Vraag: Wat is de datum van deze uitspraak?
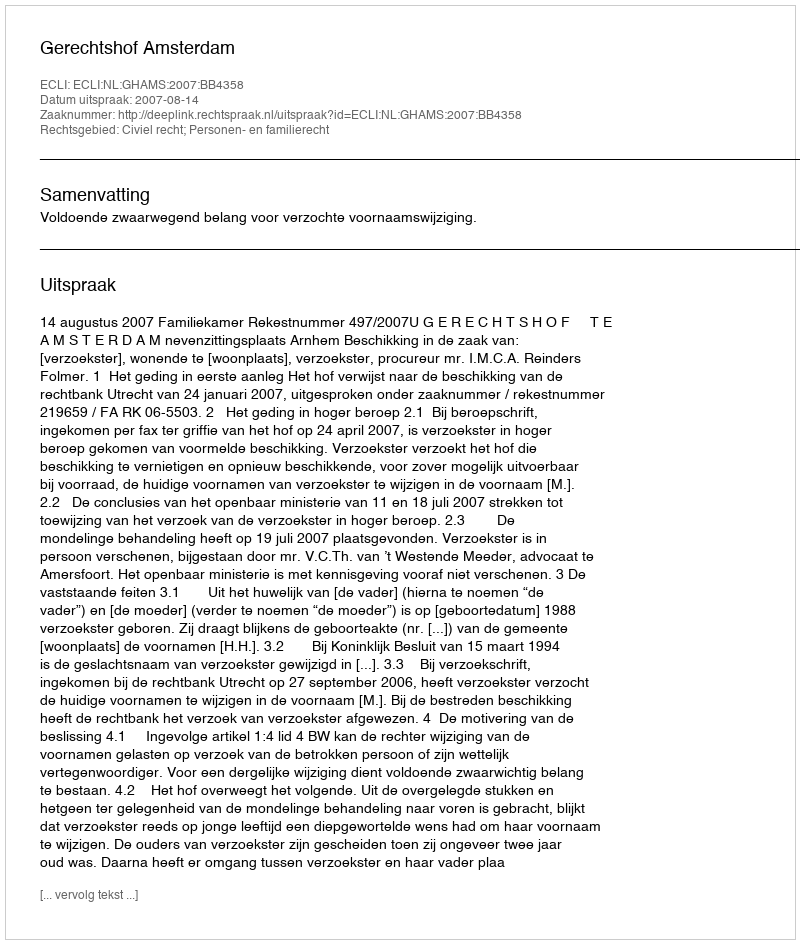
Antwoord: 2007-08-14